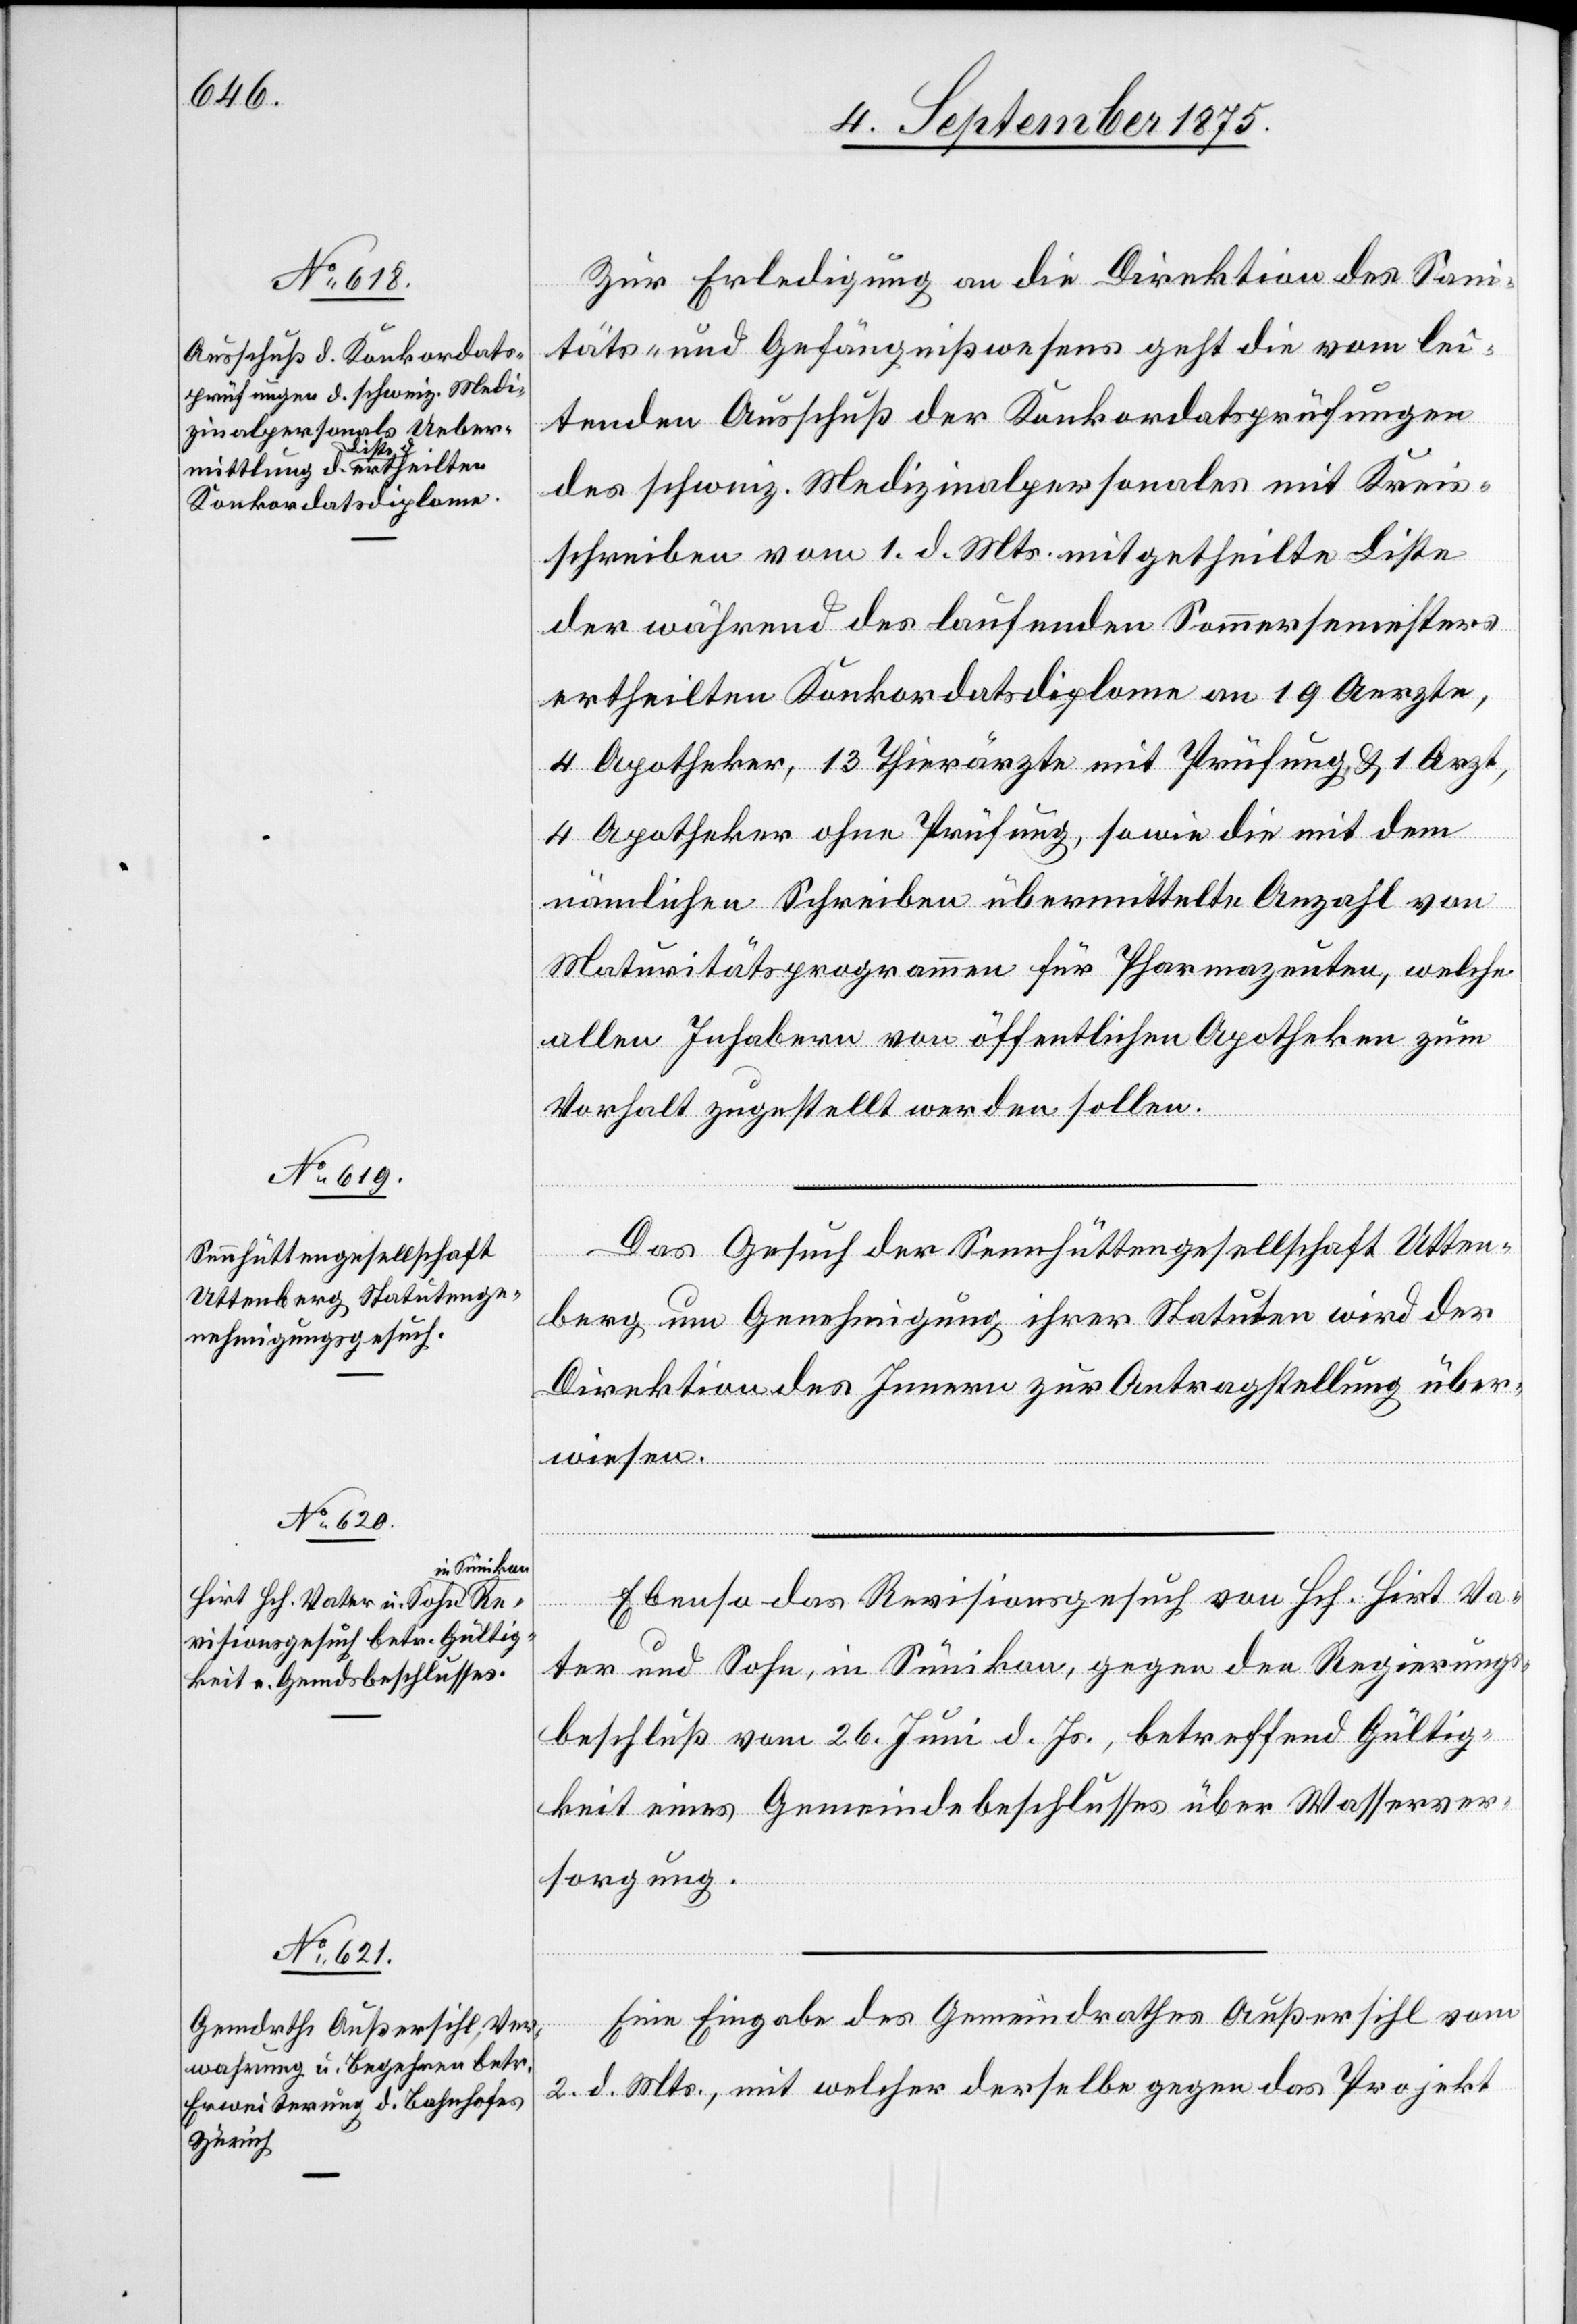
7. September 1875.]
Zur Erledigung an die Direktion des Sani¬
täts- und Gefängnißwesens geht die vom lei¬
tenden Ausschuß der Konkordatsprüfungen
des schweiz. Medizinalpersonals mit Kreis¬
schreiben vom 1. d. Mts. mitgetheilte Liste
der während des laufenden Sommersemesters
ertheilten Konkordatsdiplome an 19 Aerzte,
4 Apotheker, 13 Thierärzte mit Prüfung & 1 Arzt[,]
4 Apotheker ohne Prüfung, sowie die mit dem
nämlichen Schreiben übermittelte Anzahl von
Maturitätsprogrammen für Pharmazeuten, welche
allen Inhabern von öffentlichen Apotheken zum
Vorhalt zugestellt werden sollen.
Das Gesuch der Sennhüttengesellschaft Utten¬
berg um Genehmigung ihrer Statuten wird der
Direktion des Innern zur Antragstellung über¬
wiesen.
Ebenso das Revisionsgesuch von Hch. Hirt Va¬
ter und Sohn, in Sünikon, gegen den Regierungs¬
beschluß vom 26. Juni d. Js., betreffend Gültig¬
keit eines Gemeindebeschlusses über Wasserver¬
sorgung.
Eine Eingabe des Gemeindrathes Außersihl vom
2. d. Mts., mit welcher derselbe gegen das Projekt